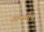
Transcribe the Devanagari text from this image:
आमचीच